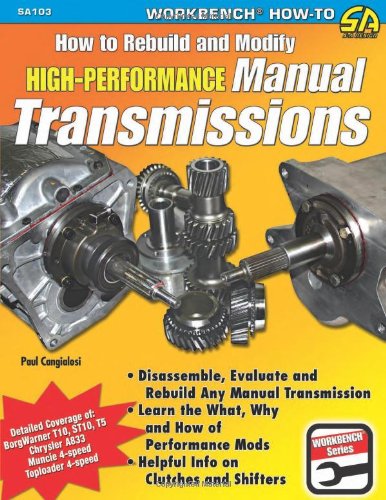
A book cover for How to Rebuild & Modify High-Performance Manual Transmissions (Workbench How to); Paul Cangialosi; Engineering & Transportation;